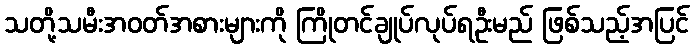
သတို့သမီးအဝတ်အစားများကို ကြိုတင်ချုပ်လုပ်ရဦးမည် ဖြစ်သည့်အပြင်